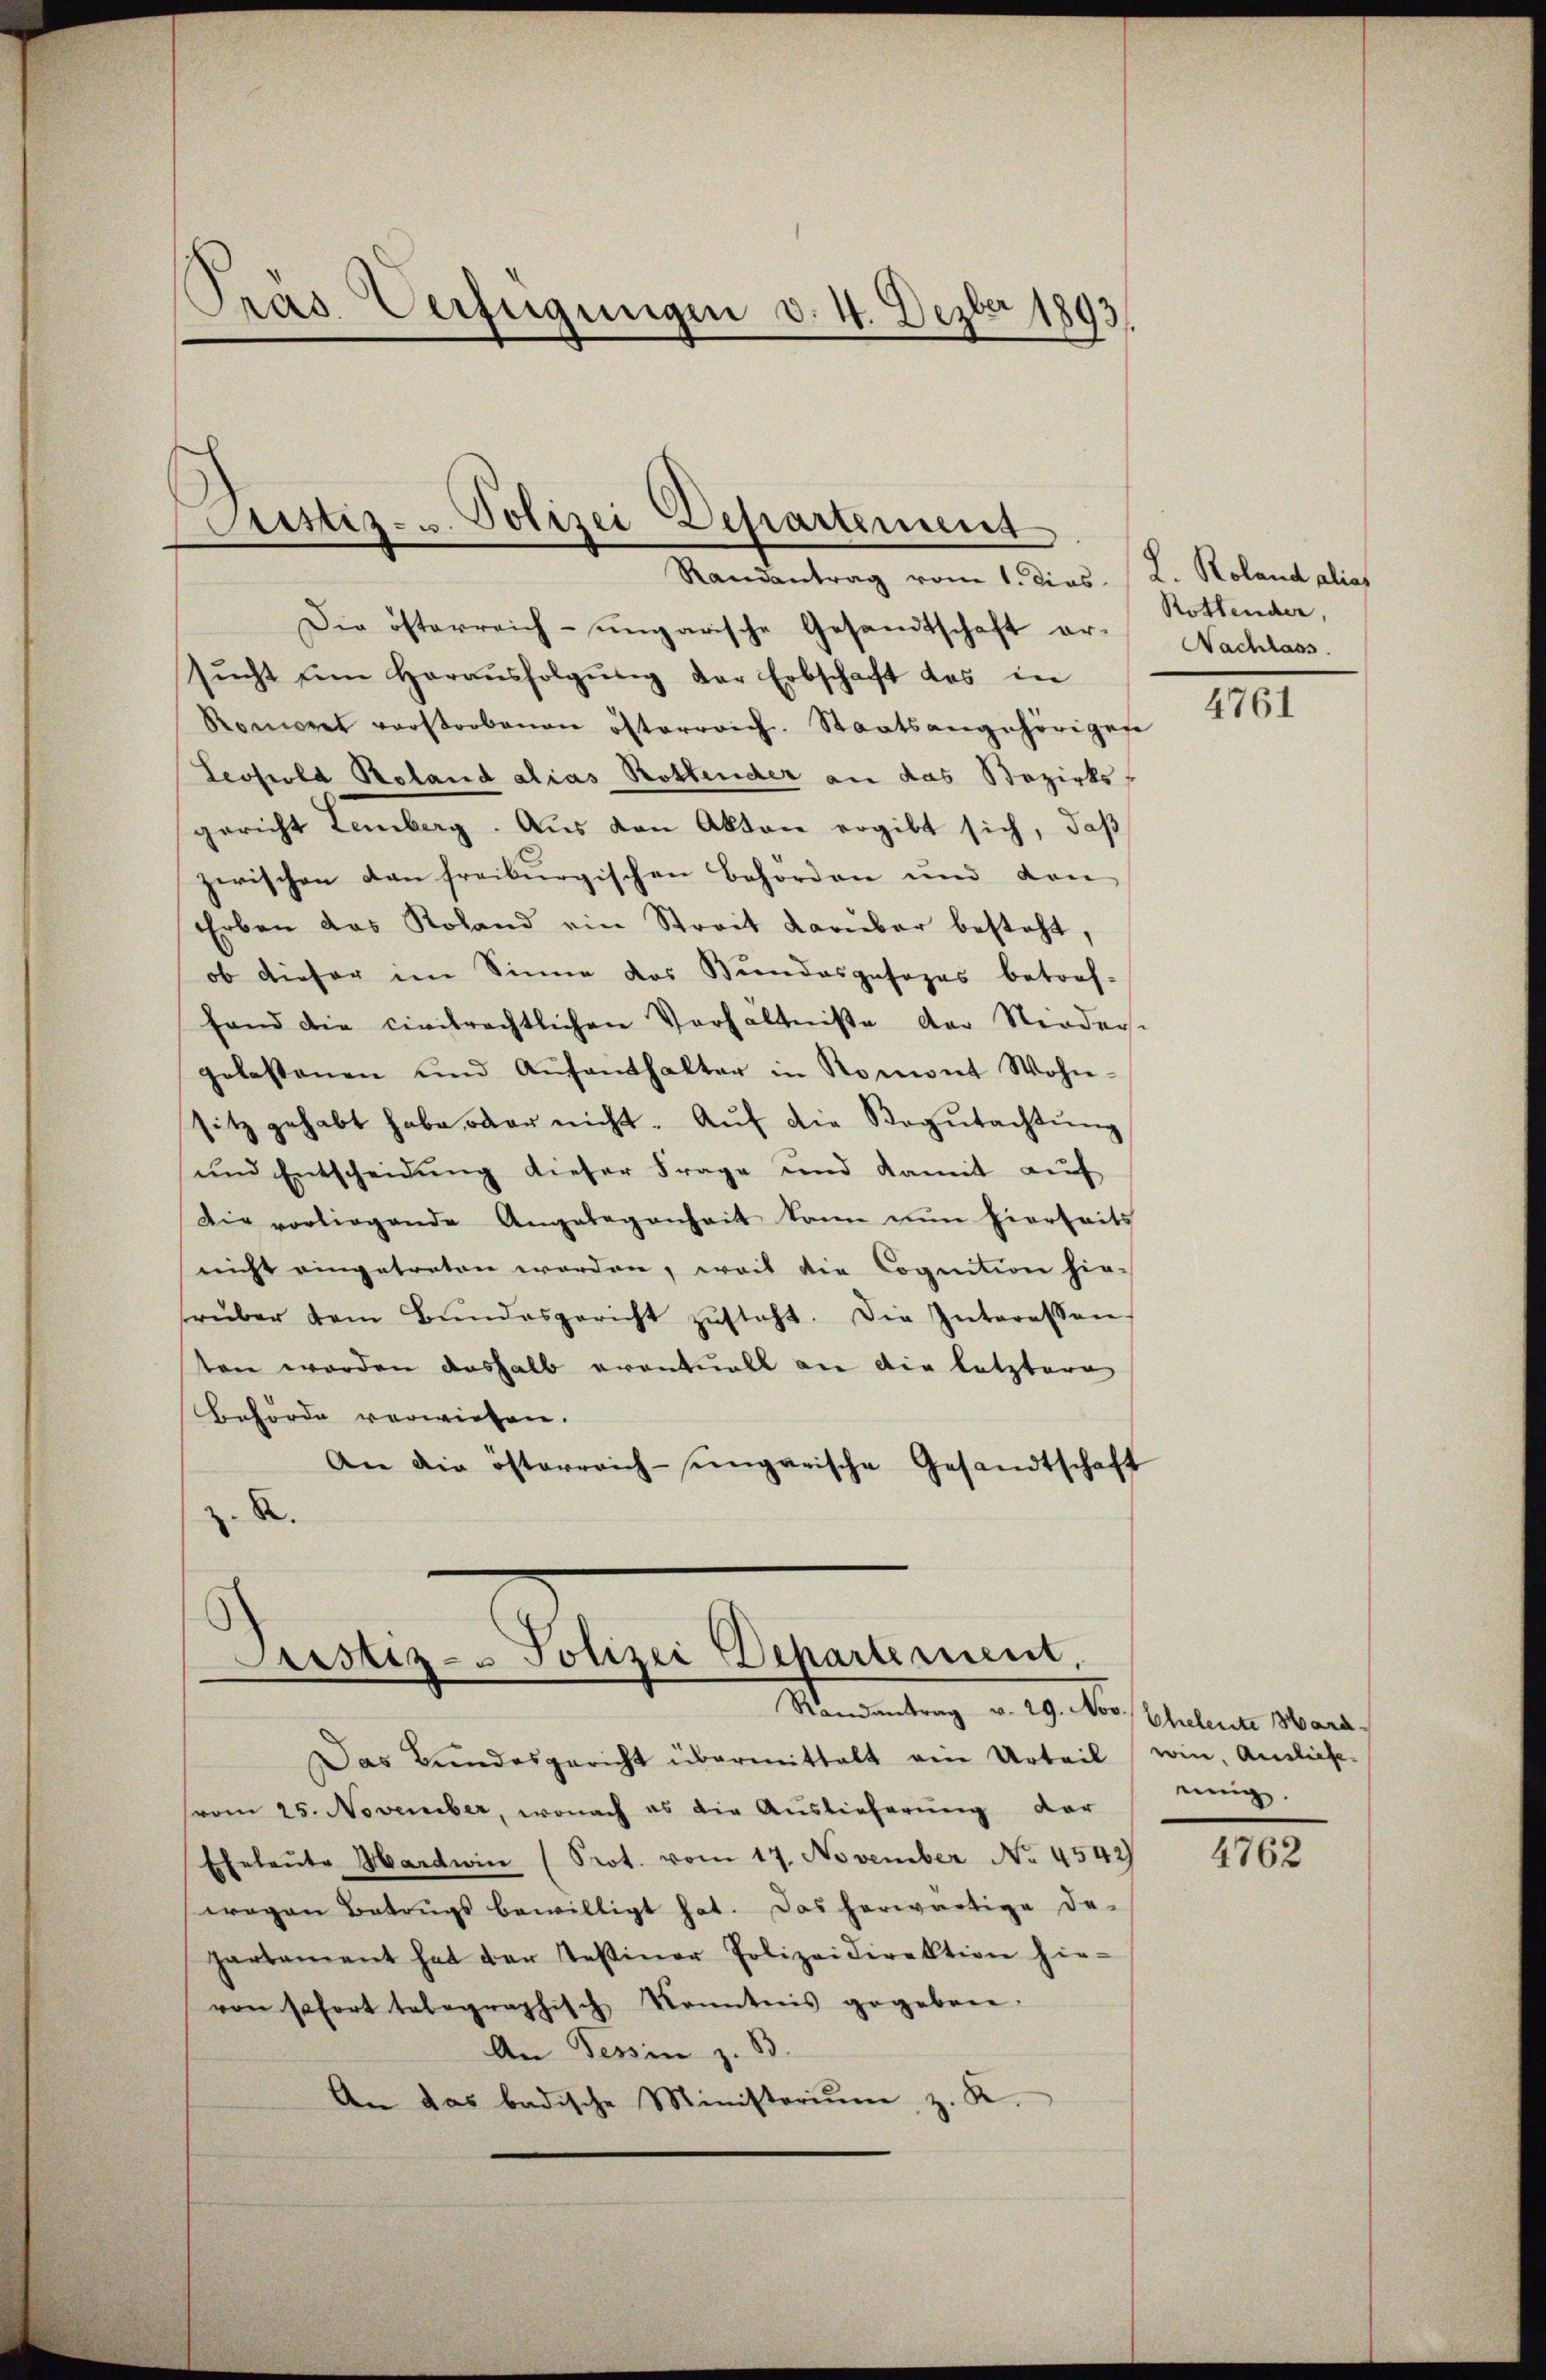
Präs. Verfügungen d. 4. Dezber 1893.

Die österreich-ungarische Gesandtschaft ar- Nachlass
sŭcht ŭm Haraŭsfolgŭng der Erbschaft des in
Romeret verstorbenen österrrich. Staatsangehörigen
Leopold Roland alias Rothender an das Bezirksgericht Lemberg. Aus den Akten ergibt sich, daß
zwischen dan freiburgischen Behörden und den
Erben das Roland ein Streit darüber besteht,
ob dieser im Sinne das Bundesposozas betref-
fand die civilrechtlichen Verhältniße der Norders-
gelastenen und Aŭfenthalter in Romont Wohn-
sitz gehabt habe, oder nicht. Aŭf die Regŭtachtŭng
und Entscheidung dieser Frage und Kamit auf
Die vorliegende Angelegenheit kann nun hierseits
nicht eingetreten worden, weil die Cognition hie-
rüber dem Bŭndesgericht zŭsteht. Die Interessen.
ten worden deshalb eventuell an die letztere
Behörde verwiesen.
An die österreich-ungarische Gesandtschaft
2.

Justiz- u. Polizei Departement
Randantrag vom 1. dies. (L. Roland alias

Astiz- Polizei Departerium.
Randantrag v. 29. Nov. Eheleute Hard.

Das Bundesgericht übermittelt ein Urteil wie, Auslief-
(vom 25. November, wonach es die Auslieferung der
Eheleŭte Hardwin (Prot. vom 17. November No. 4542)
wegen Betrugs bewilligt hat. Das herwärtige De-
partement hat der Testiner Polizeidirektion hie-
von sofort telegraphisch Kenntnis gegeben:
An Tessin z. B.
An das badische Ministoriŭm z. K.

Rottender,

4761

einig.

4762